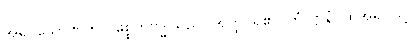
အရှင်သောဏက ပစ္စေကဗုဒ္ဓါသည်။ အတ္ထိ၊ ရှိ၏။ တံ ဋ္ဌာနံ၊ ထိုအရပ်သို့။